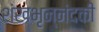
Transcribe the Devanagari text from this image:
शंखभृन्नंदकी